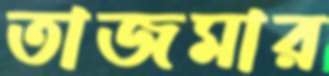
তাজমার